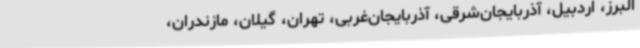
البرز، اردبیل، آذربایجان‌شرقی، آذربایجان‌غربی، تهران، گیلان، مازندران،